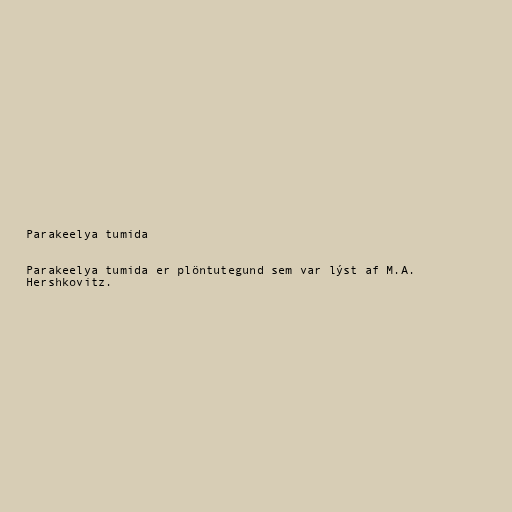
Parakeelya tumida

Parakeelya tumida er plöntutegund sem var lýst af M.A.
Hershkovitz.